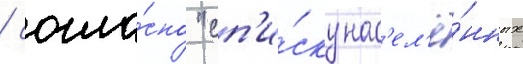
/ согла́сно "сп'и́ску нас'ел'ё́нных